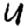
Digit: 4